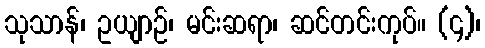
သုသာန်၊ ဥယျာဉ်၊ မင်းဆရာ၊ ဆင်တင်းကုပ်။ (၄)၊